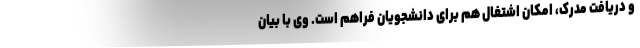
و دریافت مدرک، امکان اشتغال هم برای دانشجویان فراهم است. وی با بیان